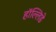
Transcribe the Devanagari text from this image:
हॉल्लिडे